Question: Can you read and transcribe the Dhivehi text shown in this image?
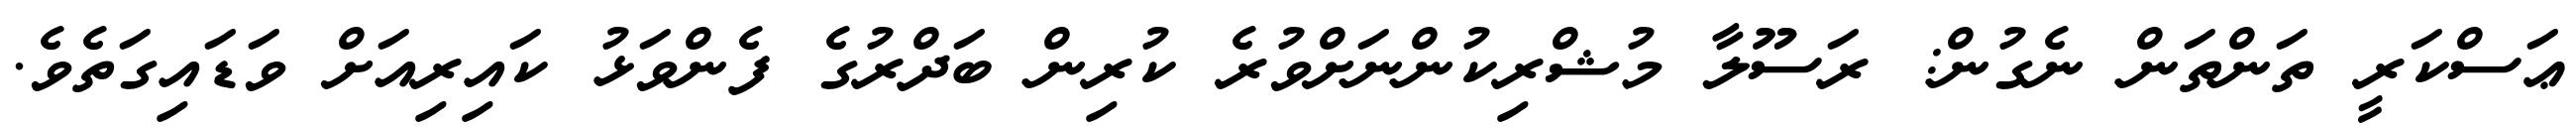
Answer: ޢަސްކަރީ ތަންތަން ނެގުން: ރަސޫލާ މުޝްރިކުންނަށްވުރެ ކުރިން ބަދްރުގެ ފެންވަޅު ކައިރިއަށް ވަޑައިގަތެވެ.